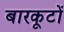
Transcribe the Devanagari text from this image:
बारकूटों